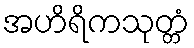
အဟိရိကသုတ္တံ